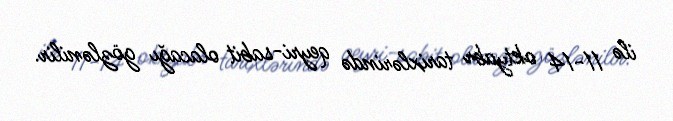
ilə 11-14 oktyabr tarixlərində qeyri-sabit olacağı gözlənilir.